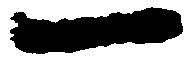
一